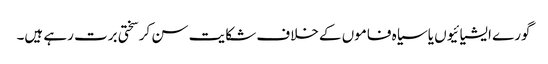
گورے ایشیائیوں یا سیاہ فاموں کے خلاف شکایت سن کر سختی برت رہے ہیں۔